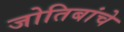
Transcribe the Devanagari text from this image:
जोतिबांचे